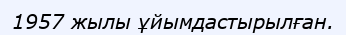
1957 жылы ұйымдастырылған.